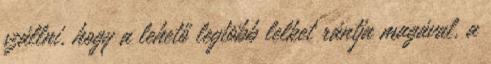
szállni, hogy a lehető legtöbb lelket rántja magával, a